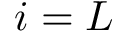
i = L